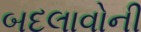
બદલાવોની